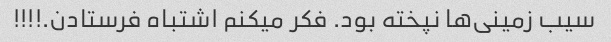
سیب زمینی‌ها نپخته بود. فکر میکنم اشتباه فرستادن.!!!!